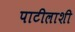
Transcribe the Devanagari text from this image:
पाटीलाशी